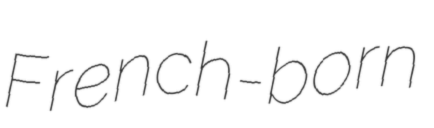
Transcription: French-born